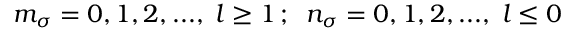
m _ { \sigma } = 0 , 1 , 2 , . . . , \; l \geq 1 \, ; \; \; n _ { \sigma } = 0 , 1 , 2 , . . . , \; l \leq 0